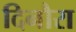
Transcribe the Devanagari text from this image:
दिनौरा